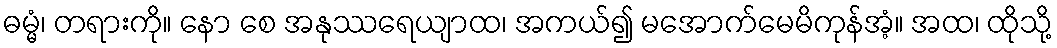
ဓမ္မံ၊ တရားကို။ နော စေ အနုဿရေယျာထ၊ အကယ်၍ မအောက်မေမိကုန်အံ့။ အထ၊ ထိုသို့